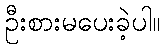
ဦးစားမပေးခဲ့ပါ။